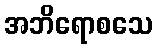
အဘိရောစသေ